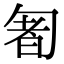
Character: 𠣰